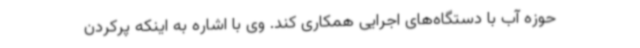
حوزه آب با دستگاه‌های اجرایی همکاری کند. وی با اشاره به اینکه پرکردن